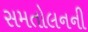
સમતોલનની